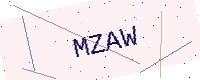
Text: MZAW